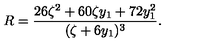
R = \frac { 2 6 \zeta ^ { 2 } + 6 0 \zeta y _ { 1 } + 7 2 y _ { 1 } ^ { 2 } } { ( \zeta + 6 y _ { 1 } ) ^ { 3 } } .